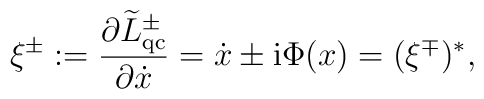
\xi ^{\pm}:=\frac{\partial\widetilde{L}^{\pm}_{\rm qc}}{\partial\dot{x}}=\dot{x}\pm{\rm i} \Phi (x)=(\xi ^\mp)^*,